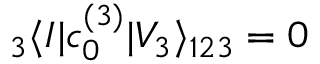
{ } _ { 3 } \langle I | c _ { 0 } ^ { ( 3 ) } | V _ { 3 } \rangle _ { 1 2 3 } = 0